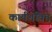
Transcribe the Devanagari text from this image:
कार्यशक्‍ति